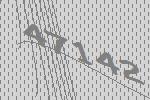
47142